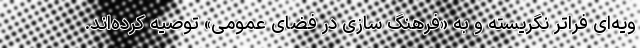
ویه‌ای فراتر نگریسته و به «فرهنگ سازی در فضای عمومی» توصیه کرده‌اند.